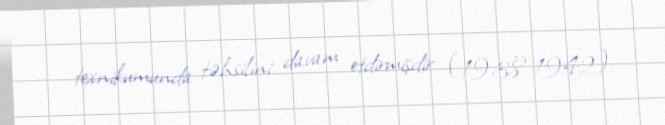
texnikumunda təhsilini davam etdirmişdir (1938-1942).